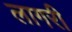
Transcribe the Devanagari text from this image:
लागरी